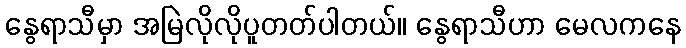
နွေရာသီမှာ အမြဲလိုလိုပူတတ်ပါတယ်။ နွေရာသီဟာ မေလကနေ